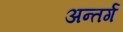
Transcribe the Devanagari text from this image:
अन्तर्ग